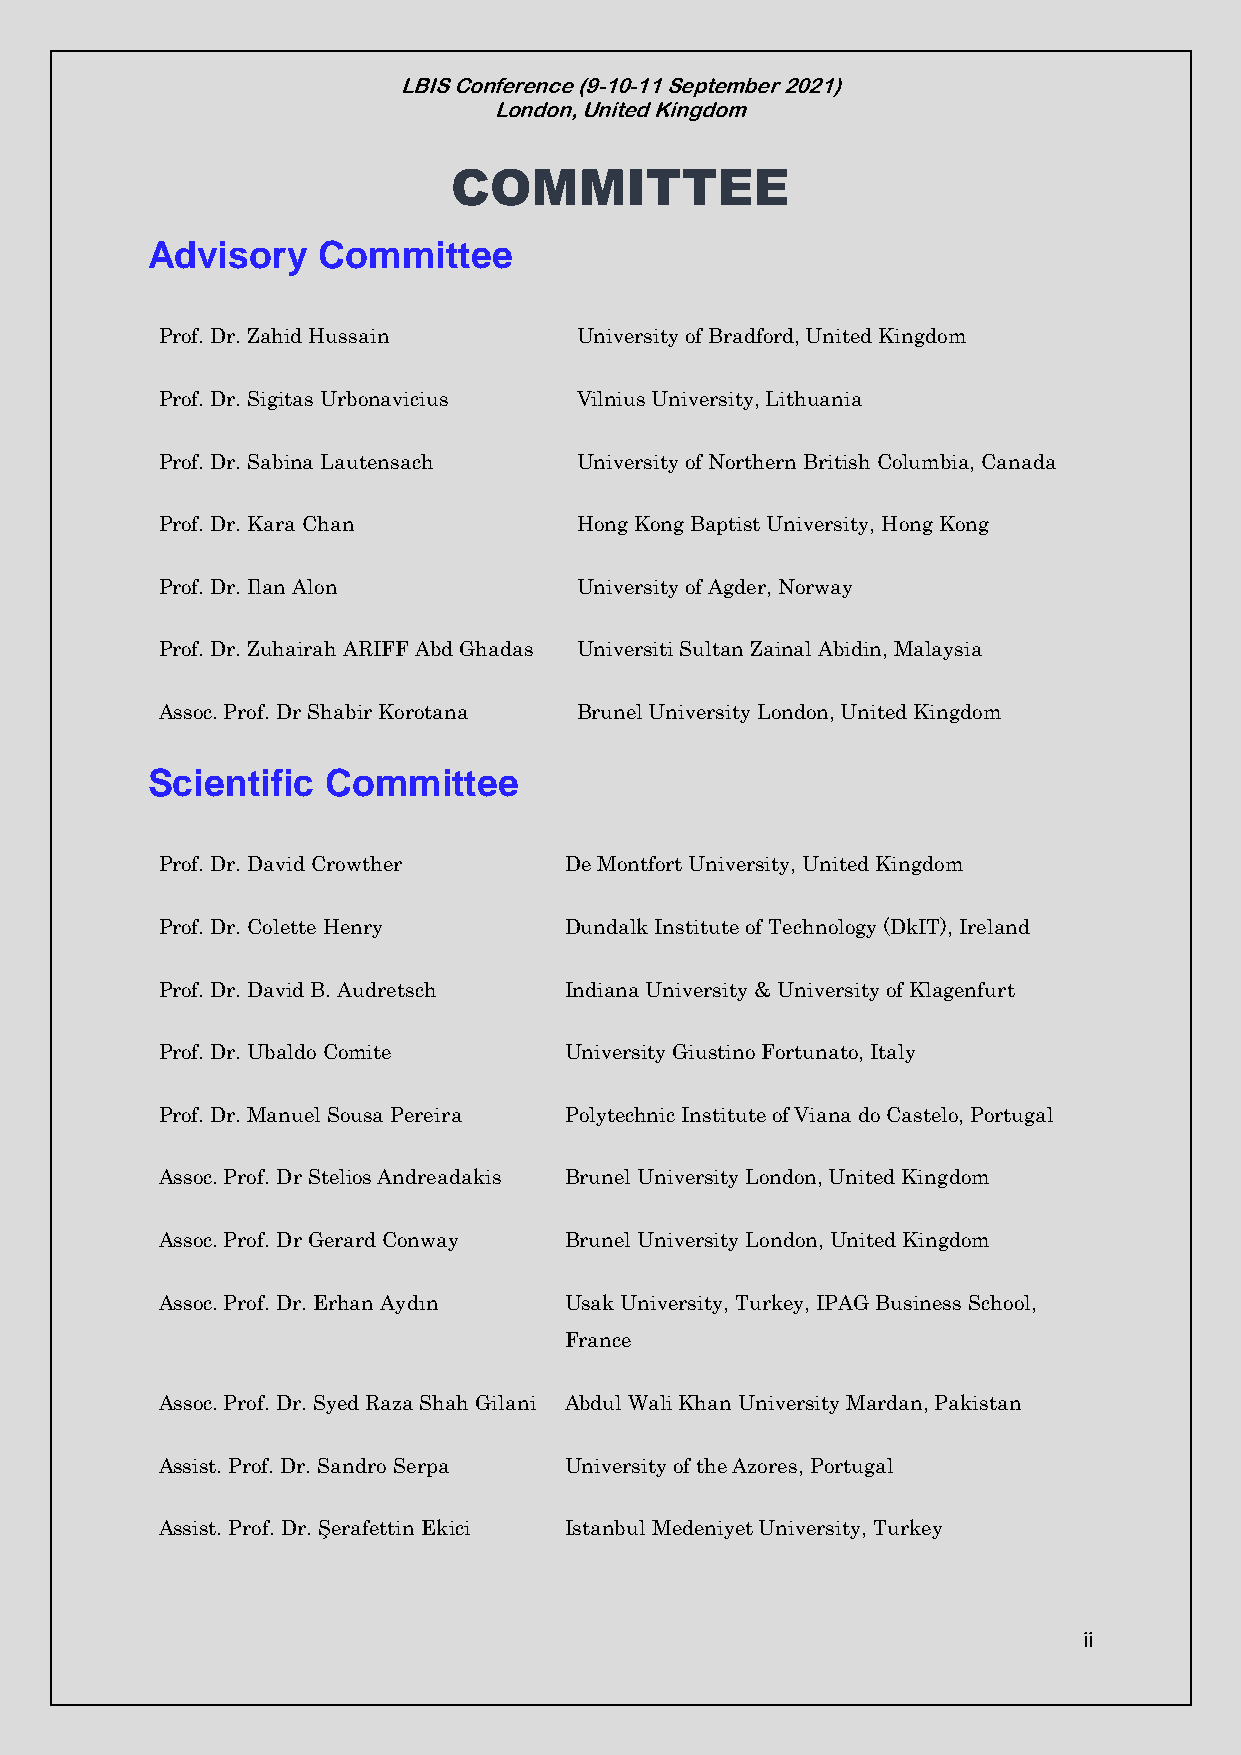
LBIS Conference (9-10-11 September 2021)
 London, United Kingdom
 COMMITTEE
 Advisory   Committee
 Prof. Dr. Zahid Hussain    University of Bradford, United Kingdom
 Prof. Dr. Sigitas Urbonavicius Vilnius University, Lithuania
 Prof. Dr. Sabina Lautensach University of Northern British Columbia, Canada
 Prof. Dr. Kara Chan        Hong Kong Baptist University, Hong Kong
 Prof. Dr. Ilan Alon        University of Agder, Norway
 Prof. Dr. Zuhairah ARIFF Abd Ghadas Universiti Sultan Zainal Abidin, Malaysia
 Assoc. Prof. Dr Shabir Korotana Brunel University London, United Kingdom
 Scientific  Committee
 Prof. Dr. David Crowther  De Montfort University, United Kingdom
 Prof. Dr. Colette Henry   Dundalk Institute of Technology (DkIT), Ireland
 Prof. Dr. David B. Audretsch Indiana University & University of Klagenfurt
 Prof. Dr. Ubaldo Comite   University Giustino Fortunato, Italy
 Prof. Dr. Manuel Sousa Pereira Polytechnic Institute of Viana do Castelo, Portugal
 Assoc. Prof. Dr Stelios Andreadakis Brunel University London, United Kingdom
 Assoc. Prof. Dr Gerard Conway Brunel University London, United Kingdom
 Assoc. Prof. Dr. Erhan Aydın Usak University, Turkey, IPAG Business School,
 France
 Assoc. Prof. Dr. Syed Raza Shah Gilani Abdul Wali Khan University Mardan, Pakistan
 Assist. Prof. Dr. Sandro Serpa University of the Azores, Portugal
 Assist. Prof. Dr. Şerafettin Ekici Istanbul Medeniyet University, Turkey
 ii